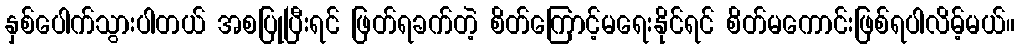
နှစ်ပေါက်သွားပါတယ် အစပြုပြီးရင် ဖြတ်ရခက်တဲ့ စိတ်ကြောင့်မရေးနိုင်ရင် စိတ်မကောင်းဖြစ်ရပါလိမ့်မယ်။